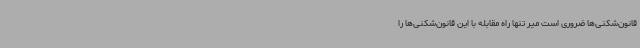
قانون‌شکنی‌ها ضروری است میر تنها راه مقابله با این قانون‌شکنی‌ها را